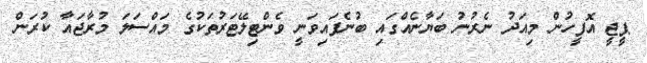
ޕީޖީ އޮފީހުން މިއަދު ނެރުނު ބަޔާނެއްގައި ބުނެފައިވަނީ ވެންޓިލޭޓަރުތަކުގެ މައްސަލަ މުރާޖައާ ކުރަން